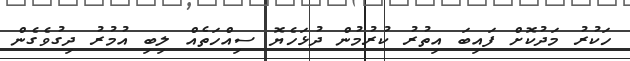
ހަކުރު މަދުކޮށް ފައިބަ އިތުރު ކުރުމުން ދުޅަހެޔޮ ސިއްހަތެއް ލިބި އުމުރު ދިގުވެގެން